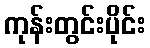
ကုန်းတွင်းပိုင်း